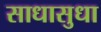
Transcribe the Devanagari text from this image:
साधासुधा